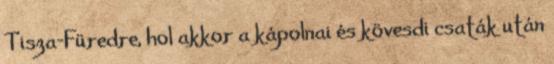
Tisza-Füredre, hol akkor a kápolnai és kövesdi csaták után